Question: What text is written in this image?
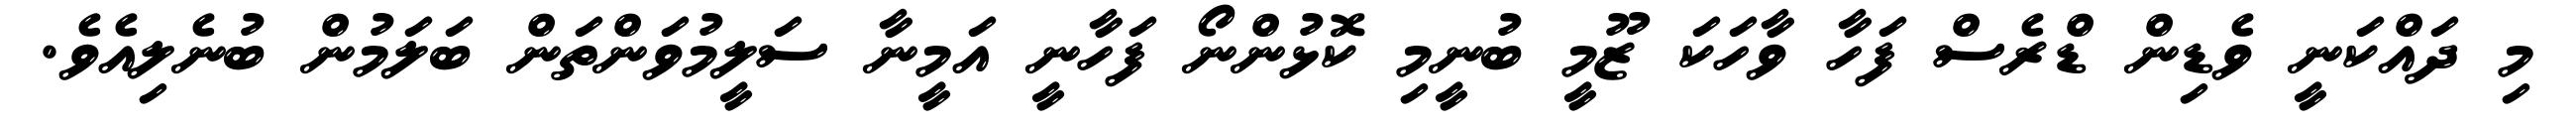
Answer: މި ދައްކަނީ ވެޑިން ޑްރެސް ފަހާ ވާހަކަ ޒޫމީ ބުނީމި ކޮޅުންނޯ ފަހާނީ އަމީނާ ސަލީމުވަންތަން ބަލަމުން ބުނެލިއެވެ.